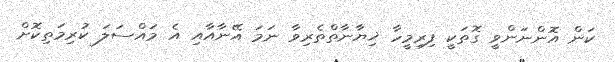
ކަން އޮންނަންވީ ގޮތަކީ ފިރިމީހާ ޚިޔާނާތްތެރިވާ ނަމަ އޭނާއާއި އެ މައްސަލަ ކުރިމަތިކޮށް